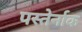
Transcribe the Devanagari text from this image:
पस्तेर्नाक